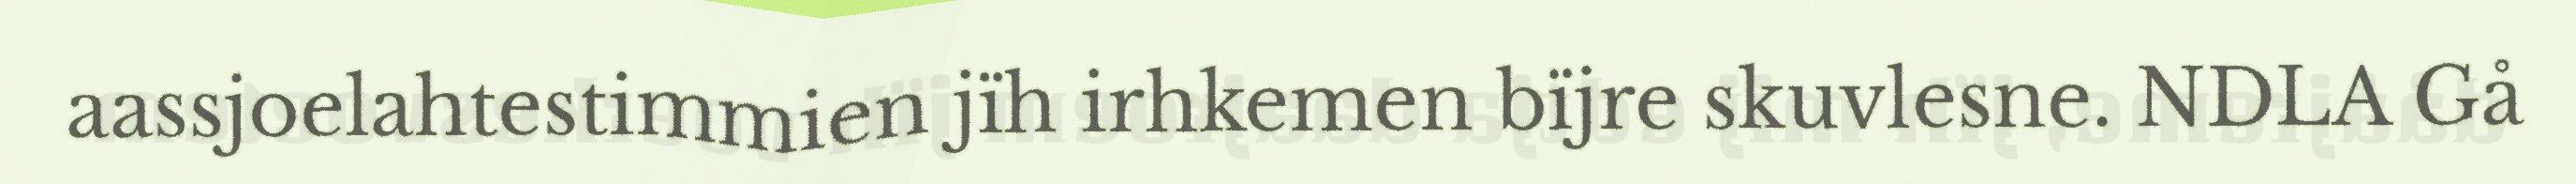
aassjoelahtestimmien jïh irhkemen bïjre skuvlesne. NDLA Gå